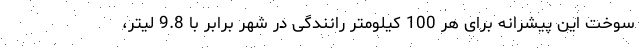
سوخت این پیشرانه برای هر 100 کیلومتر رانندگی در شهر برابر با 9.8 لیتر،